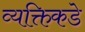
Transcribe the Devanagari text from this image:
व्यक्तिकडे